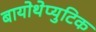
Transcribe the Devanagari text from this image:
बायोथेप्युटिक